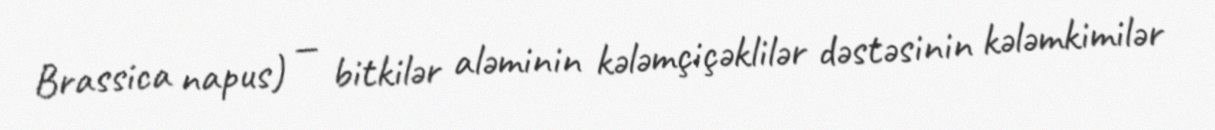
Brassica napus) — bitkilər aləminin kələmçiçəklilər dəstəsinin kələmkimilər